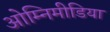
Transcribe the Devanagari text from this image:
ओम्‍निमीडिया